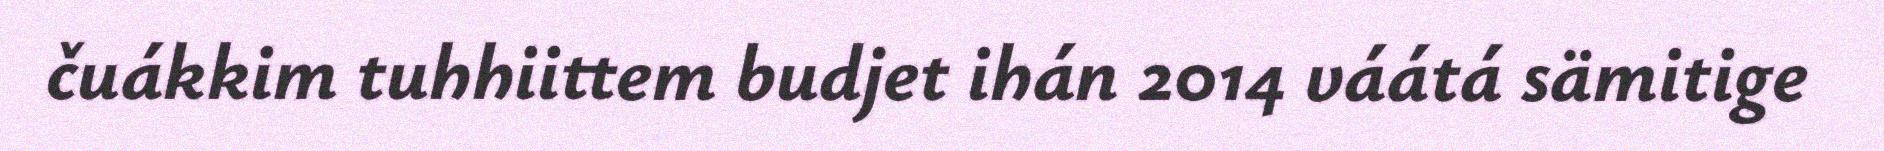
čuákkim tuhhiittem budjet ihán 2014 váátá sämitige